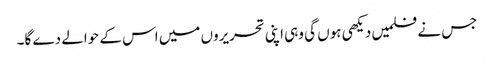
جس نے فلمیں دیکھی ہوں گی وہی اپنی تحریروں میں اس کے حوالے دے گا۔